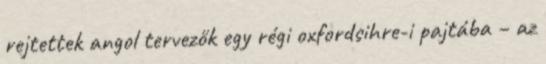
rejtettek angol tervezők egy régi oxfordsihre-i pajtába – az